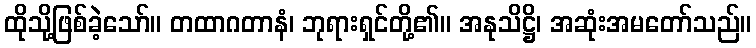
ထိုသို့ဖြစ်ခဲ့သော်။ တထာဂတာနံ၊ ဘုရားရှင်တို့၏။ အနုသိဋ္ဌိ၊ အဆုံးအမတော်သည်။